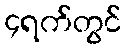
၄ရက်တွင်